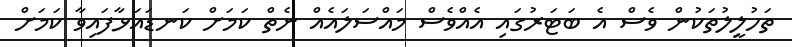
ތަހުލީލުތަކުން ވެސް އެ ބަޓަރުގައި އެއްވެސް މައްސަލައެއް ނެތް ކަމަށް ކަނޑައަޅާފައިވާ ކަމަށް